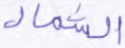
الشمال